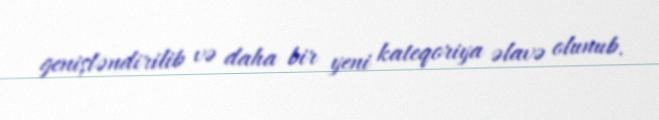
genişləndirilib və daha bir yeni kateqoriya əlavə olunub.